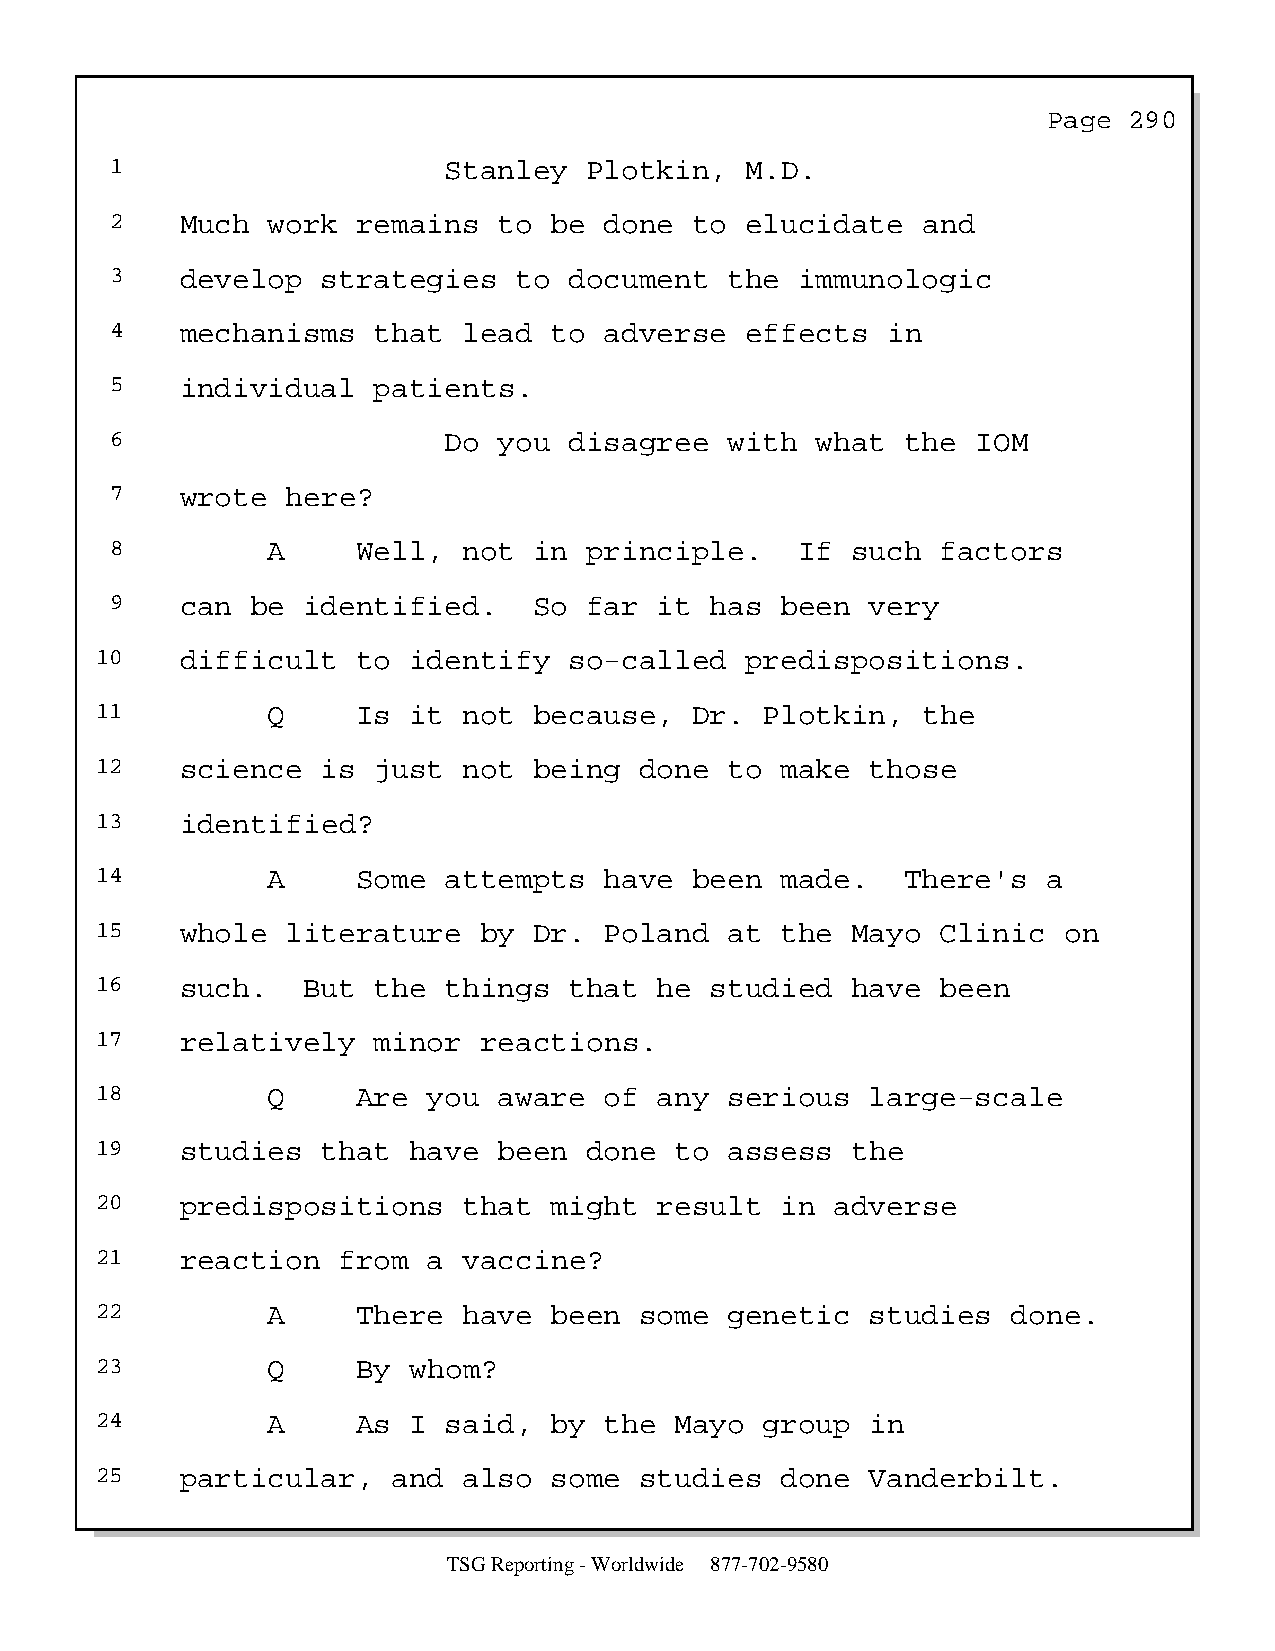
Page  290
 1                     Stanley   Plotkin,  M.D.
 2    Much  work  remains  to be  done  to elucidate   and
 3    develop  strategies   to  document  the  immunologic
 4    mechanisms   that  lead to  adverse  effects   in
 5    individual   patients.
 6                     Do  you  disagree  with  what  the  IOM
 7    wrote  here?
 8          A     Well,  not in  principle.    If such  factors
 9    can  be identified.    So  far  it has  been  very
 10    difficult   to identify   so-called  predispositions.
 11          Q     Is it  not because,   Dr.  Plotkin,  the
 12    science  is  just  not being  done  to  make  those
 13    identified?
 14          A     Some attempts   have  been  made.   There's  a
 15    whole  literature   by Dr.  Poland  at  the Mayo  Clinic  on
 16    such.   But  the things   that  he studied  have  been
 17    relatively   minor  reactions.
 18          Q     Are you  aware  of  any serious   large-scale
 19    studies  that  have  been  done  to assess  the
 20    predispositions    that might   result  in adverse
 21    reaction  from  a  vaccine?
 22          A     There  have been  some  genetic   studies  done.
 23          Q     By whom?
 24          A     As I said,  by  the  Mayo  group  in
 25    particular,   and  also some  studies   done  Vanderbilt.
 TSG Reporting - Worldwide 877-702-9580